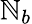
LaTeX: \mathbb{N}_{b}